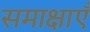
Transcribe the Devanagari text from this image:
समाक्षाएँ